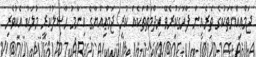
ޖަމްޢިއްޔާތަކުގެ ތެރެއިން ފާހަގަކުރެވޭ ޚިދްމަތްތަކެއް ކުރި ޖަމްޢިއްޔާގެ އިނާމު ޙާޞިލުކުރީ މުލަކު އެކުވެރި